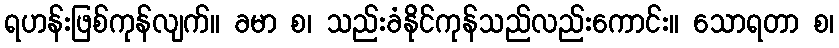
ရဟန်းဖြစ်ကုန်လျက်။ ခမာ စ၊ သည်းခံနိုင်ကုန်သည်လည်းကောင်း။ သောရတာ စ၊